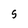
Character: s